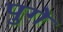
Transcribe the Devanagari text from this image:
पुगे